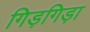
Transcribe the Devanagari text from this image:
गिड़गिड़ा